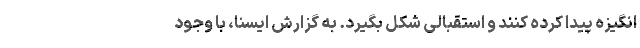
انگیزه پیدا کرده کنند و استقبالی شکل بگیرد. به گزارش ایسنا، با وجود